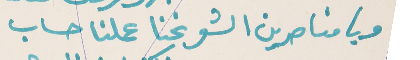
ويا مناصرين الشعر نحنا عملنا حساب